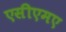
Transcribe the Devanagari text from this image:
एसीएमए